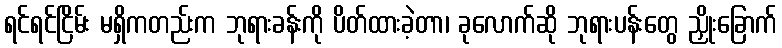
ရင်ရင်ငြိမ်း မရှိကတည်းက ဘုရားခန်းကို ပိတ်ထားခဲ့တာ၊ ခုလောက်ဆို ဘုရားပန်းတွေ ညှိုးခြောက်